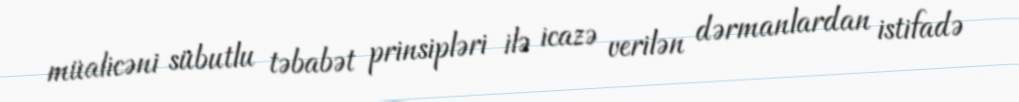
müalicəni sübutlu təbabət prinsipləri ilə icazə verilən dərmanlardan istifadə